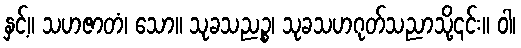
နှင့်။ သဟဇာတံ၊ သော။ သုခသညဉ္စ၊ သုခသဟဂုတ်သညာသို့၎င်း။ ဝါ၊